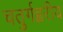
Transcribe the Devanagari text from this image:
चतुर्गह्वरीय